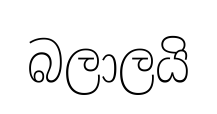
බලාලයි